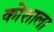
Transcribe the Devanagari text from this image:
कोशाला